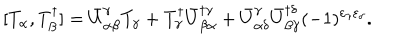
[ T _ { \alpha } , T _ { \beta } ^ { \dagger } ] = \bar { U } _ { \alpha \beta } ^ { \gamma } T _ { \gamma } + T _ { \gamma } ^ { \dagger } \bar { U } _ { \beta \alpha } ^ { \dagger \gamma } + \bar { U } _ { \alpha \delta } ^ { \gamma } \bar { U } _ { \beta \gamma } ^ { \dagger \delta } ( - 1 ) ^ { \varepsilon _ { \gamma } \varepsilon _ { \delta } } .